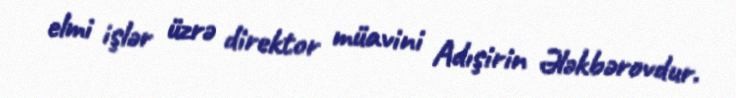
elmi işlər üzrə direktor müavini Adışirin Ələkbərovdur.